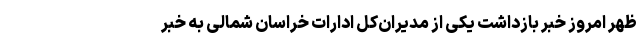
ظهر امروز خبر بازداشت یکی از مدیران‌کل ادارات خراسان شمالی به خبر